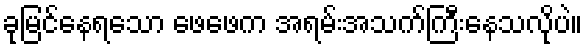
ခုမြင်နေရသော ဖေဖေက အရမ်းအသက်ကြီးနေသလိုပဲ။